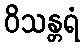
ဝိသန္တရံ